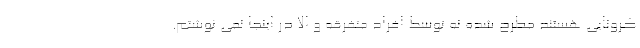
کرونایی هستند مطرح شده نه توسط افراد متفرقه و الا در اینجا نمی نوشتم.